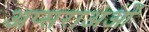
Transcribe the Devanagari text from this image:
अप्सराअओं